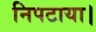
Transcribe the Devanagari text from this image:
निपटाया।